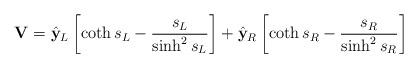
LaTeX: \begin{align*}{\bf V} = {\hat {\bf y}}_L \left[ \coth s_L - {s_L\over \sinh^2s_L} \right] +{\hat {\bf y}}_R \left[ \coth s_R - {s_R\over \sinh^2s_R} \right]\end{align*}